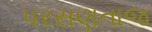
પરસણતાજ